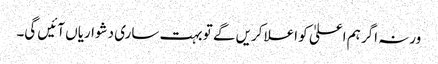
ورنہ اگر ہم اعلیٰ کو اعلا کریں گے تو بہت ساری دشواریاں آئیں گی۔